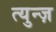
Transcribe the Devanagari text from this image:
त्युन्ज़